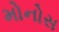
મોનોસ